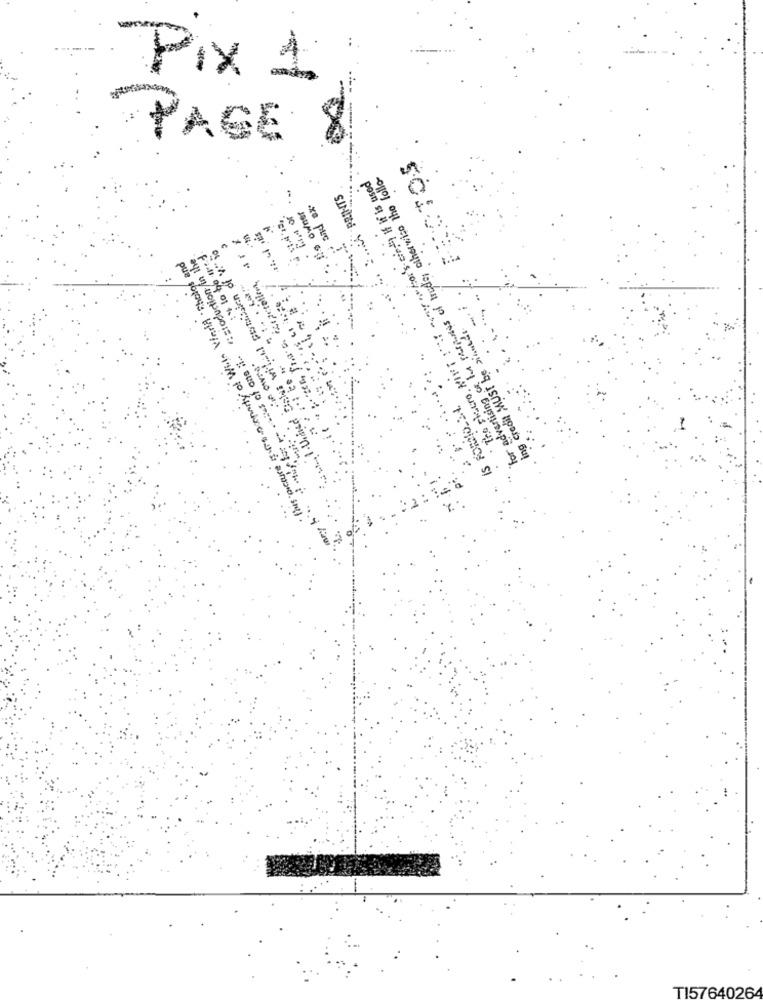
Pix 1
PAGE 8
The chero, MINT I'd Say . For's ce' if it is used
for advertising os hin raciones of trade, otherwise the lollo
.xa pvc
esroduction in the
SINITE. Y ...
..
F:11 04 01 1 :
ing credit MUST be sinntal
I mit for o viss of one i.
TI57640264